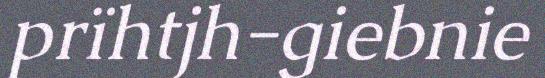
prïhtjh-giebnie